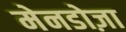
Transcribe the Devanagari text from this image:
मेनडोज़ा